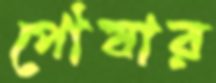
পৌষার